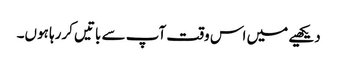
دیکھیے میں اس وقت آپ سے باتیں کررہا ہوں۔